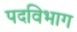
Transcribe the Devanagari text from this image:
पदविभाग